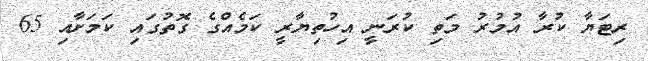
ރިޓަޔާ ކުރާ އުމުރު މަތި ކުރަނީ އިހުތިޔާރީ ކަމެއްގެ ގޮތުގައި ކަމަށާއި 65